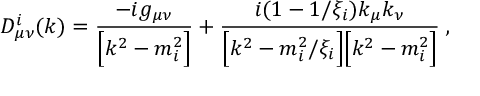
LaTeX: D _ { \mu \nu } ^ { i } ( k ) = \frac { - i g _ { \mu \nu } } { \Bigl [ k ^ { 2 } - m _ { i } ^ { 2 } \Bigr ] } + \frac { i ( 1 - 1 / \xi _ { i } ) k _ { \mu } k _ { \nu } } { \Bigl [ k ^ { 2 } - m _ { i } ^ { 2 } / \xi _ { i } \Bigr ] \Bigl [ k ^ { 2 } - m _ { i } ^ { 2 } \Bigr ] } \; ,